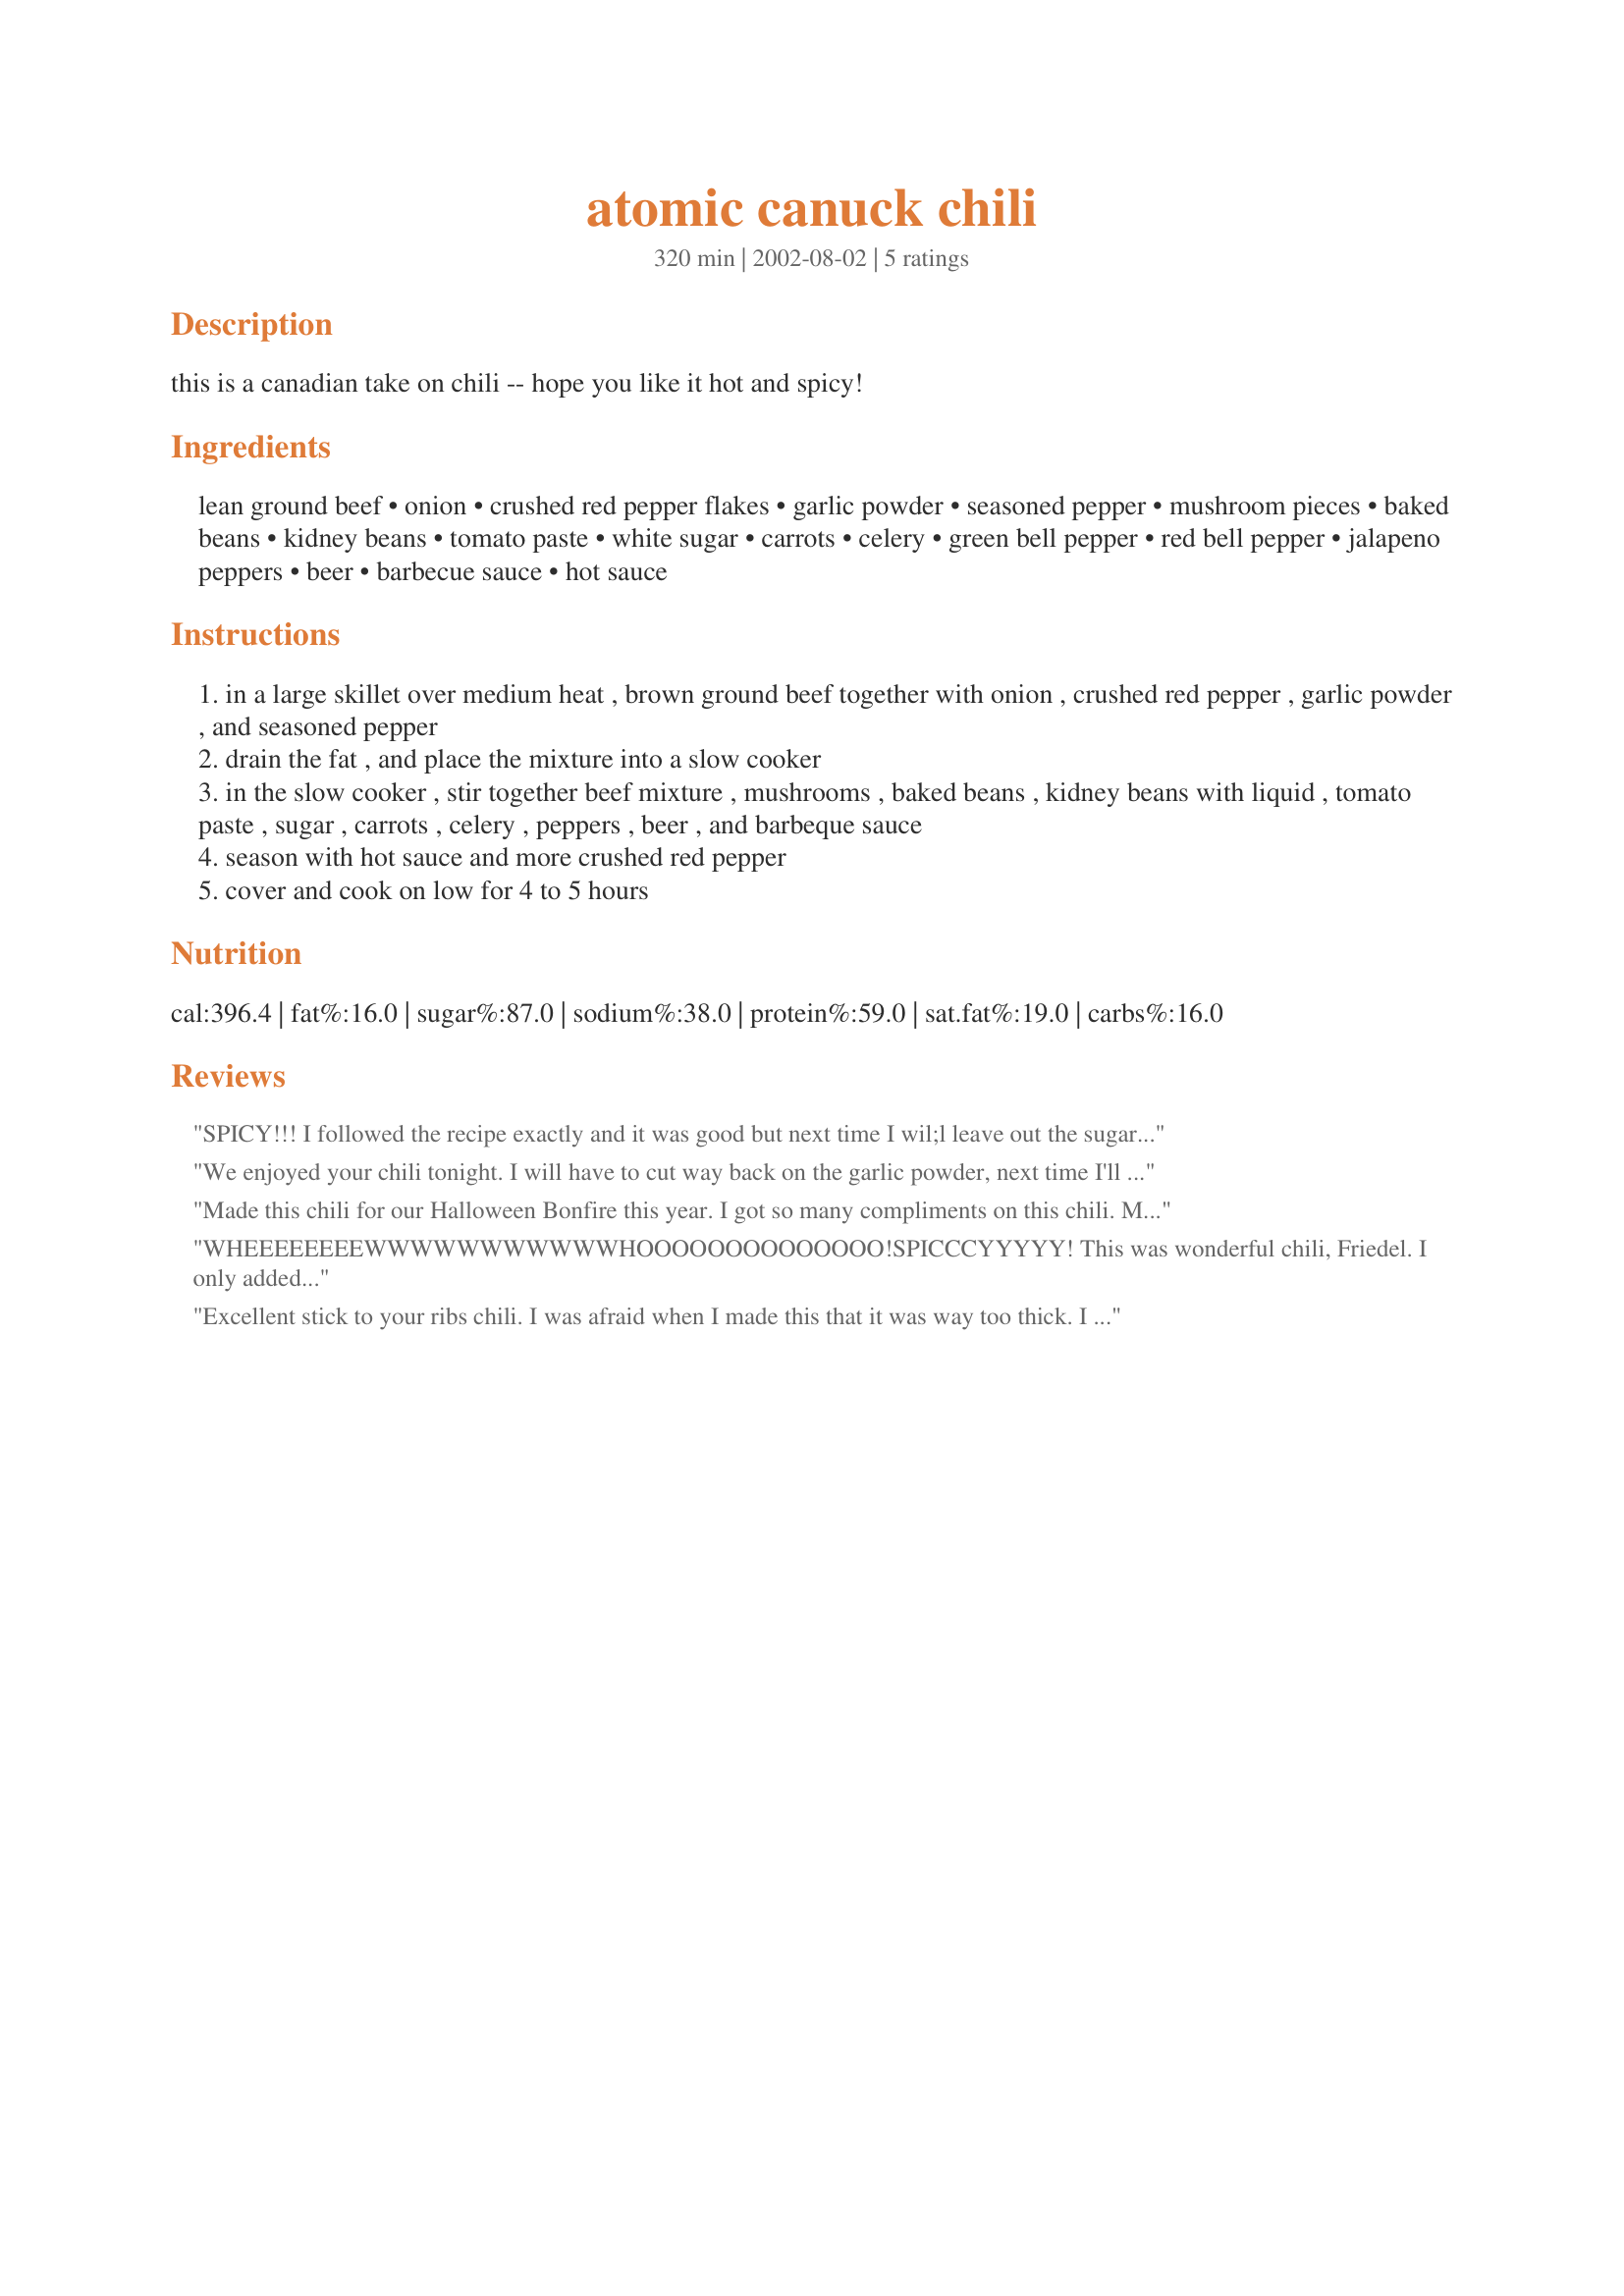
atomic canuck chili
Preparation time: 320 minutes

this is a canadian take on chili -- hope you like it hot and spicy!

Ingredients:
lean ground beef, onion, crushed red pepper flakes, garlic powder, seasoned pepper, mushroom pieces, baked beans, kidney beans, tomato paste, white sugar, carrots, celery, green bell pepper, red bell pepper, jalapeno peppers, beer, barbecue sauce, hot sauce

Steps:
in a large skillet over medium heat , brown ground beef together with onion , crushed red pepper , garlic powder , and seasoned pepper
drain the fat , and place the mixture into a slow cooker
in the slow cooker , stir together beef mixture , mushrooms , baked beans , kidney beans with liquid , tomato paste , sugar , carrots , celery , peppers , beer , and barbeque sauce
season with hot sauce and more crushed red pepper
cover and cook on low for 4 to 5 hours

Reviews:
SPICY!!! I followed the recipe exactly and it was good but next time I wil;l leave out the sugar. It was a little too sweet. I might cut down the red pepper flakes too...all in all a great recipe though .
We enjoyed your chili tonight. I will have to cut way back on the garlic powder, next time I'll only use 1-2 teaspoons. We are not fond of sugar in our chili so I left it out. Foster's Lager beer was the only type I had, so I hope you can forgive me for using it instead of a Canadian beer! $9.05 is about what it cost to make this that is not adding in the cost of the beer and dry spices.
Made this chili for our Halloween Bonfire this year. I got so many compliments on this chili. Many said it's the best chili they've ever had.

So nice to make it all the night before then put in the slow cooker the morning to cook. Makes life easier!
WHEEEEEEEEWWWWWWWWWWWHOOOOOOOOOOOOOO!SPICCCYYYYY!
This was wonderful chili, Friedel. I only added 1 jalapeno though because my BH likes spicy but not like I like it. This turned out great! I made it lastnight after work. Tonight we are having leftovers with some buttery rolls. This is terrific stuff. I made it with Molson Canadian beer and they wouldn't just sell me 1 beer so I bought a six pack and that beer is good too. Me and BH shared 1 before dinner. Thank you for a great recipe, Friedel.
Excellent stick to your ribs chili. I was afraid when I made this that it was way too thick. I added another 1/2 C of beer and it turned out perfect. The flavours come together very nicely. I had never used mushrooms before in a chile and they certainly added a pleasant touch. Will definately make again. Thanks so much for a great recipe.
